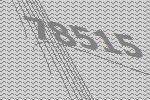
78515